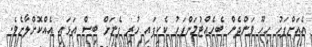
އެއަށްފަހު ހިހޫ ވަންދެން ބެހެއްޓުމަށްފަހު ކެކިފައި ހުރި ފެނަށް ބިސް އަޅައި އެއްކޮށްލާށެވެ.